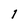
Character: 1